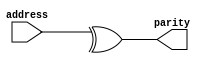
module parity (input [7:0] address,output parity); 
reg parity;

always @ (address)
begin
	parity = parity_calc(address);
end

function parity_calc;
input [7:0] addr;
begin
	parity_calc = ^addr;
end
endfunction

endmodule